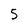
Character: 5